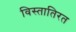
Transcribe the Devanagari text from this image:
विस्तातिरत